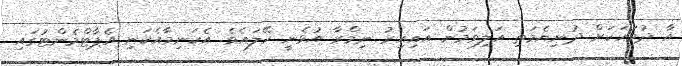
އާ ދުވަހަކަށް ދުނިޔެމަތި އަލިވަމުން އައިއިރު ނިމްރާ އުޅެނީ ހޭލައެވެ. އެކަނިމާއެކަނި އެޕާޓްމެންޓުގައި